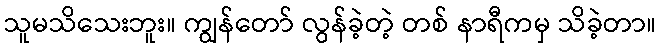
သူမသိသေးဘူး။ ကျွန်တော် လွန်ခဲ့တဲ့ တစ် နာရီကမှ သိခဲ့တာ။